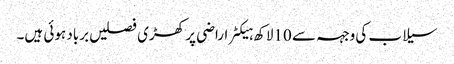
سیلاب کی وجہہ سے 10لاکھ ہیکٹر اراضی پر کھڑی فصلیں برباد ہوئی ہیں۔